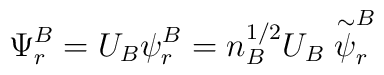
\Psi_r^B = U_B {\psi}_r^B = n_B^{1/2} U_B \stackrel{\sim}{\psi}_r^B